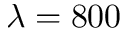
\lambda = 8 0 0